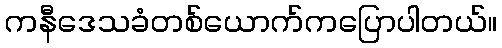
ကနီဒေသခံတစ်ယောက်ကပြောပါတယ်။